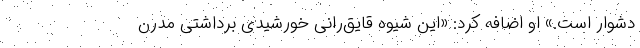
دشوار است.» او اضافه کرد: «این شیوه قایق‌رانی خورشیدی برداشتی مدرن